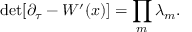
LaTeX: \mathrm { { d e t } } [ \partial _ { \tau } - W ^ { \prime } ( x ) ] = \prod _ { m } \lambda _ { m } .